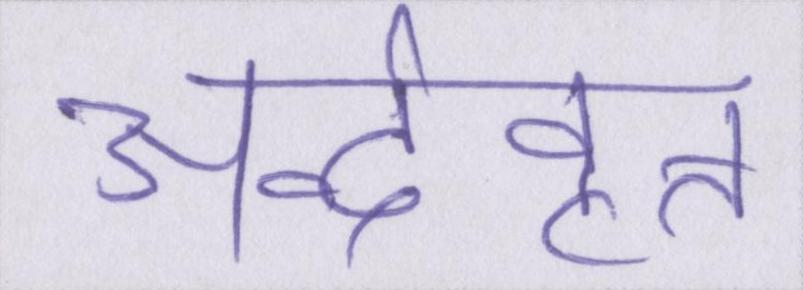
अर्द्ववृत्त